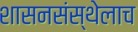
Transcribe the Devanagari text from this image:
शासनसंस्थेलाच